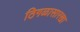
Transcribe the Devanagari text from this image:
ठिगळासारखा